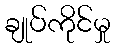
ချုပ်ကိုင်မှု